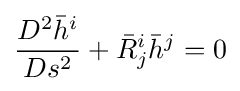
{D^{2}{\bar {h}}^{i} \over Ds^{2}}+{\bar {R}}_{j}^{i}{\bar {h}}^{j}=0